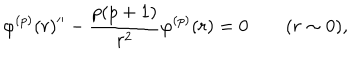
\varphi ^ { ( p ) } ( r ) ^ { \prime \prime } - \frac { p ( p + 1 ) } { r ^ { 2 } } \varphi ^ { ( p ) } ( r ) = 0 \qquad ( r \sim 0 ) ,